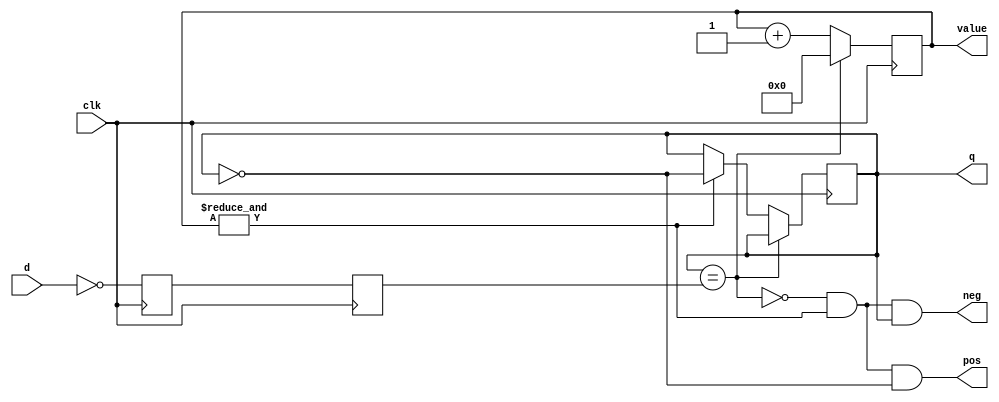
module debouncer (clk, d, q, pos, neg, value);
	 
	// Declaration
	input clk, d;
	output reg q;
	output pos, neg;
	output [3:0] value; 
  
	// Essentials
	reg sync_a;	always @(posedge clk) sync_a <= ~d;
	reg sync_b;	always @(posedge clk) sync_b <= sync_a;	 
	 
	reg [3:0] count;
	 
	wire idle = (q == sync_b);
	wire count_max = &count;
	 
	always @(posedge clk)
	if(idle)
		count <= 0;
	else begin
		count <= count + 4'd1;
		if(count_max) q <= ~q;
	end

	assign pos = ~idle & count_max & ~q;
	assign neg = ~idle & count_max & q;
   assign value = count;          
endmodule